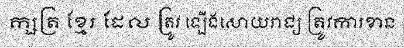
ក្សត្រ ខ្មែរ ដែល ត្រូវ ឡើងសោយរាជ្យ ត្រូវការខាន